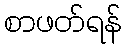
စာဖတ်ရန်